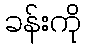
ခန်းကို